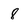
Character: 8